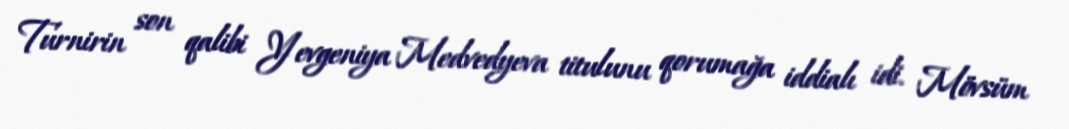
Turnirin son qalibi Yevgeniya Medvedyeva titulunu qorumağa iddialı idi. Mövsüm